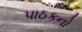
પાઠકનો